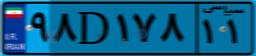
۵۲D۷۹۹۵۲